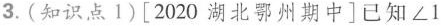
3.(知识点1)[2020湖北鄂州期中]已知∠1